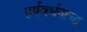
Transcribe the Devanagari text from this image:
हर्षवर्धनाचा